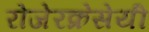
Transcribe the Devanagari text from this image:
रोजेरक्रेसेयी